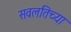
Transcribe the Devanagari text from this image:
सवलतिच्या